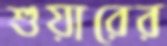
শুয়ারের